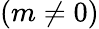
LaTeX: (m\neq 0)